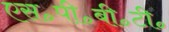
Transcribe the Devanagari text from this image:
एस॰पी॰बी॰टी॰